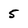
Character: 5